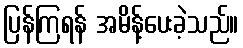
ပြန်ကြရန် အမိန့်ပေးခဲ့သည်။